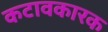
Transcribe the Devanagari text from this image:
कटावकारक